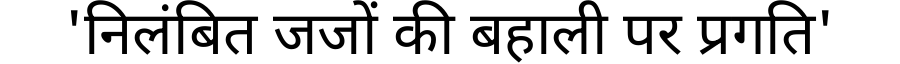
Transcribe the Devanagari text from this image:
'निलंबित जजों की बहाली पर प्रगति'